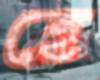
হে